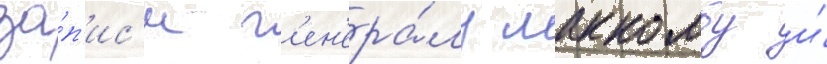
за́п'ис'и г'ен'ера́лу маккомбу и́